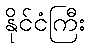
နိုင်ငံကြီး